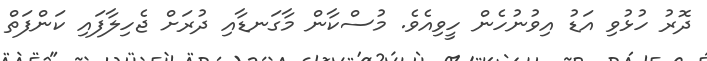
ދޮރު ހުޅުވި އަޑު އިވުނުހެން ހީވިއެވެ. މުސްކާން މާގަނޑާއި ދުރަށް ޖެހިލާފައި ކަންފަތް